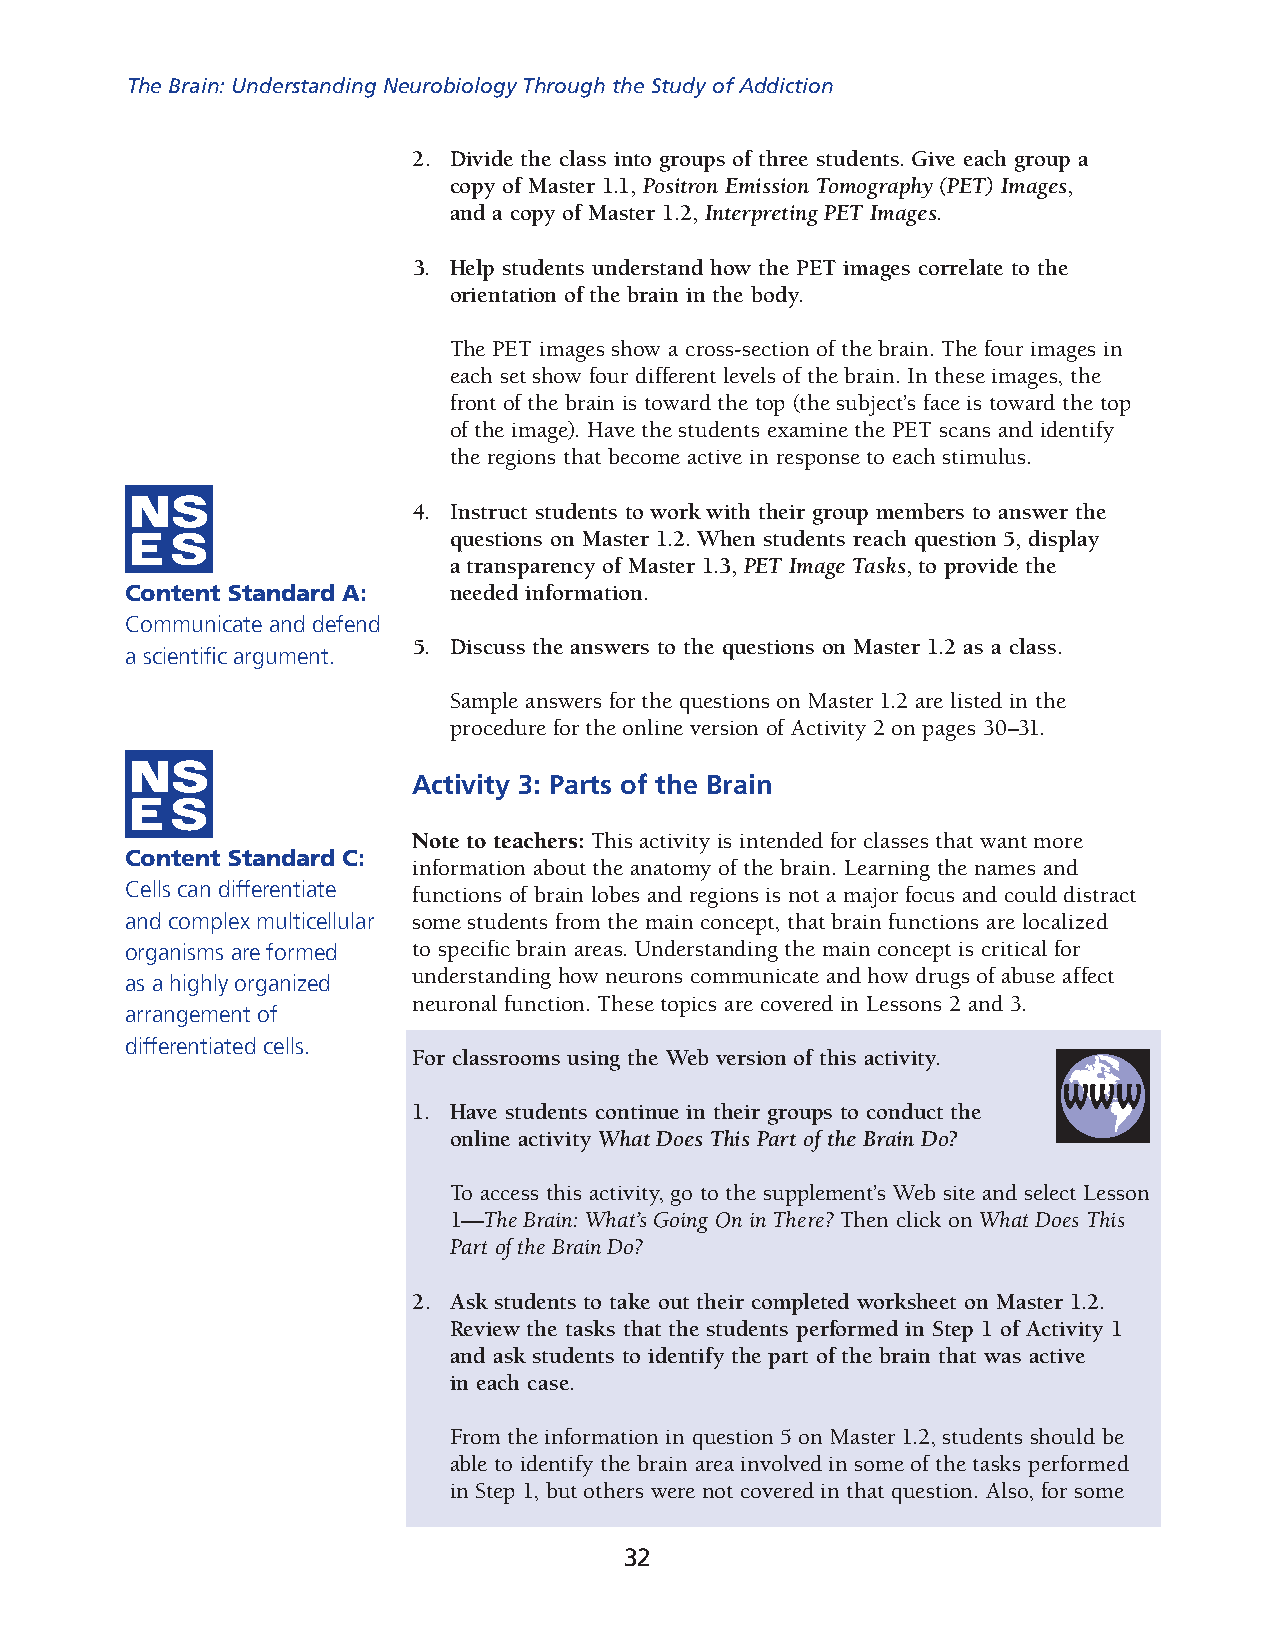
The Brain: Understanding Neurobiology Through the Study of Addiction
 2. Divide the class into groups of three students. Give each group a
 copy of Master 1.1, Positron Emission Tomography (PET) Images,
 and a copy of Master 1.2, Interpreting PET Images.
 3. Help students understand how the PET images correlate to the
 orienta tion of the brain in the body.
 The PET images show a cross-section of the brain. The four images in
 each set show four different levels of the brain. In these images, the
 front of the brain is toward the top (the subject’s face is toward the top
 of the image). Have the students examine the PET scans and identify
 the regions that become active in response to each stimulus.
 4. Instruct students to work with their group members to answer the
 ques tions on Master 1.2. When students reach question 5, display
 a trans parency of Master 1.3, PET Image Tasks, to provide the
 Content Standard A:   needed information.
 Communicate and defend
 5. Discuss the answers to the questions on Master 1.2 as a class.
 a scientific argument.
 Sample answers for the questions on Master 1.2 are listed in the
 procedure for the online version of Activity 2 on pages 30–31.
 Activity 3: Parts of the Brain
 Note to teachers: This activity is intended for classes that want more
 Content Standard C:
 informa tion about the anatomy of the brain. Learning the names and
 Cells can differentiate functions of brain lobes and regions is not a major focus and could distract
 and complex multicellu lar some students from the main concept, that brain functions are localized
 organisms are formed to specific brain areas. Understanding the main concept is critical for
 understanding how neurons communicate and how drugs of abuse affect
 as a highly organized
 neuronal function. These topics are covered in Lessons 2 and 3.
 arrangement of
 differentia ted cells.
 For classrooms using the Web version of this activity.
 1. Have students continue in their groups to conduct the
 online activity What Does This Part of the Brain Do?
 To access this activity, go to the supplement’s Web site and select Lesson
 1—The Brain: What’s Going On in There? Then click on What Does This
 Part of the Brain Do?
 2. Ask students to take out their completed worksheet on Master 1.2.
 Review the tasks that the students performed in Step 1 of Activity 1
 and ask students to identify the part of the brain that was active
 in each case.
 From the information in question 5 on Master 1.2, students should be
 able to identify the brain area involved in some of the tasks performed
 in Step 1, but others were not covered in that question. Also, for some
 32